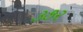
૩૭૨